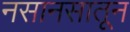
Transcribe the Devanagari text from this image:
नसानसातून